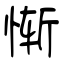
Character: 惭